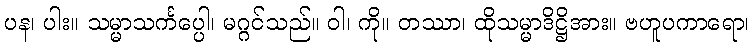
ပန၊ ပါး။ သမ္မာသင်္ကပ္ပေါ၊ မဂ္ဂင်သည်။ ဝါ၊ ကို။ တဿာ၊ ထိုသမ္မာဒိဋ္ဌိအား။ ဗဟူပကာရော၊